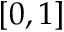
[ 0 , 1 ]